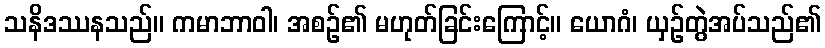
သနိဒဿနသည်။ ကမာဘာဝါ၊ အစဉ်၏ မဟုတ်ခြင်းကြောင့်။ ယောဂံ၊ ယှဉ်တွဲအပ်သည်၏